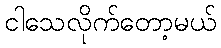
ငါသေလိုက်တော့မယ်